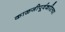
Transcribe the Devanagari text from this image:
काळजीपूर्वकरित्या